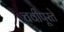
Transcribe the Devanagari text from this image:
चवीपूरते